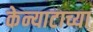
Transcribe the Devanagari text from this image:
केन्याटाच्या